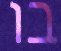
בו